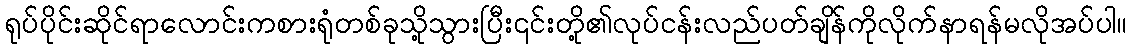
ရုပ်ပိုင်းဆိုင်ရာလောင်းကစားရုံတစ်ခုသို့သွားပြီး၎င်းတို့၏လုပ်ငန်းလည်ပတ်ချိန်ကိုလိုက်နာရန်မလိုအပ်ပါ။